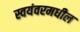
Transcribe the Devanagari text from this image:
स्वयंवरमधील